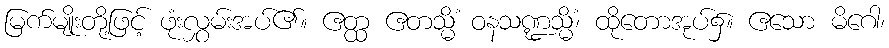
မြက်မျိုးတို့ဖြင့် ဖုံးလွှမ်းအပ်၏။ ဧတ္ထ ဧတသ္မိံ ဝနသဏ္ဍသ္မိံ၊ ထိုတောအုပ်၌။ ဧသော မိဂေါ၊